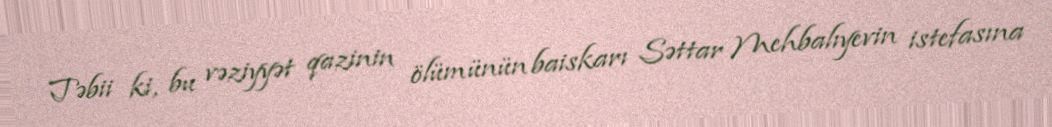
Təbii ki, bu vəziyyət qazinin ölümünün baiskarı Səttar Mehbalıyevin istefasına